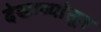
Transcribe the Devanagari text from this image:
देखाव्यांतून